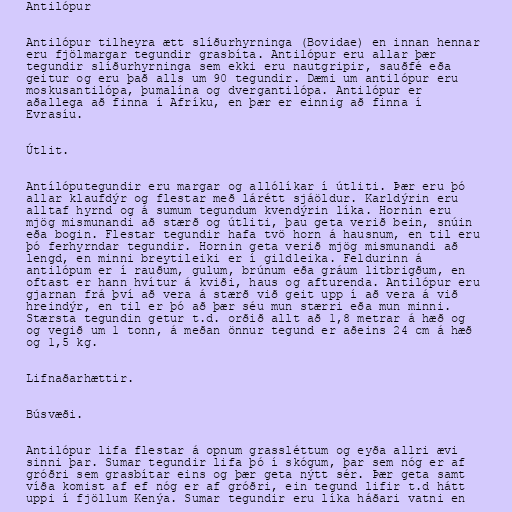
Antilópur

Antilópur tilheyra ætt slíðurhyrninga (Bovidae) en innan hennar
eru fjölmargar tegundir grasbíta. Antilópur eru allar þær
tegundir slíðurhyrninga sem ekki eru nautgripir, sauðfé eða
geitur og eru það alls um 90 tegundir. Dæmi um antilópur eru
moskusantilópa, þumalína og dvergantilópa. Antilópur er
aðallega að finna í Afríku, en þær er einnig að finna í
Evrasíu.

Útlit.

Antílóputegundir eru margar og allólíkar í útliti. Þær eru þó
allar klaufdýr og flestar með lárétt sjáöldur. Karldýrin eru
alltaf hyrnd og á sumum tegundum kvendýrin líka. Hornin eru
mjög mismunandi að stærð og útliti, þau geta verið bein, snúin
eða bogin. Flestar tegundir hafa tvö horn á hausnum, en til eru
þó ferhyrndar tegundir. Hornin geta verið mjög mismunandi að
lengd, en minni breytileiki er í gildleika. Feldurinn á
antilópum er í rauðum, gulum, brúnum eða gráum litbrigðum, en
oftast er hann hvítur á kviði, haus og afturenda. Antilópur eru
gjarnan frá því að vera á stærð við geit upp í að vera á við
hreindýr, en til er þó að þær séu mun stærri eða mun minni.
Stærsta tegundin getur t.d. orðið allt að 1,8 metrar á hæð og
og vegið um 1 tonn, á meðan önnur tegund er aðeins 24 cm á hæð
og 1,5 kg.

Lifnaðarhættir.

Búsvæði.

Antilópur lifa flestar á opnum grassléttum og eyða allri ævi
sinni þar. Sumar tegundir lifa þó í skógum, þar sem nóg er af
gróðri sem grasbítar eins og þær geta nýtt sér. Þær geta samt
víða komist af ef nóg er af gróðri, ein tegund lifir t.d hátt
uppi í fjöllum Kenýa. Sumar tegundir eru líka háðari vatni en